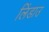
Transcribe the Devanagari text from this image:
लिंडाउ